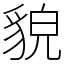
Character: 貌